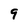
Character: 9